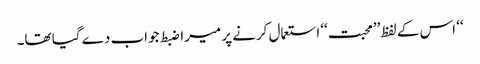
‘‘ اس کے لفظ’’محبت‘‘ استعمال کرنے پر میرا ضبط جواب دے گیا تھا۔